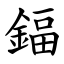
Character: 鍢